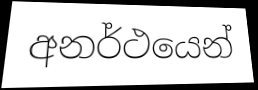
අනර්ථයෙන්